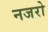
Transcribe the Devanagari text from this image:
नजरो